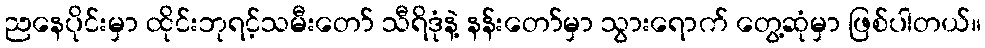
ညနေပိုင်းမှာ ထိုင်းဘုရင့်သမီးတော် သီရိဒုံနဲ့ နန်းတော်မှာ သွားရောက် တွေ့ဆုံမှာ ဖြစ်ပါတယ်။